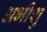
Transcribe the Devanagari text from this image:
अभीशु